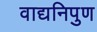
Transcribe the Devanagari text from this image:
वाद्यनिपुण